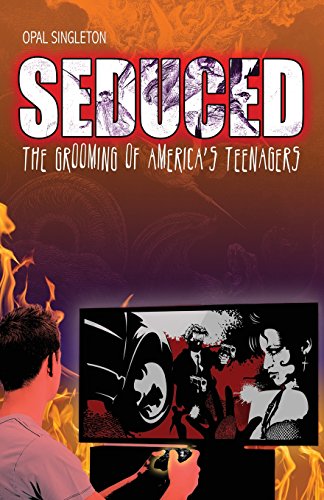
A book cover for SEDUCED; OPAL S. SINGLETON; Computers & Technology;